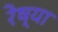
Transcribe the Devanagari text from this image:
रेष्या